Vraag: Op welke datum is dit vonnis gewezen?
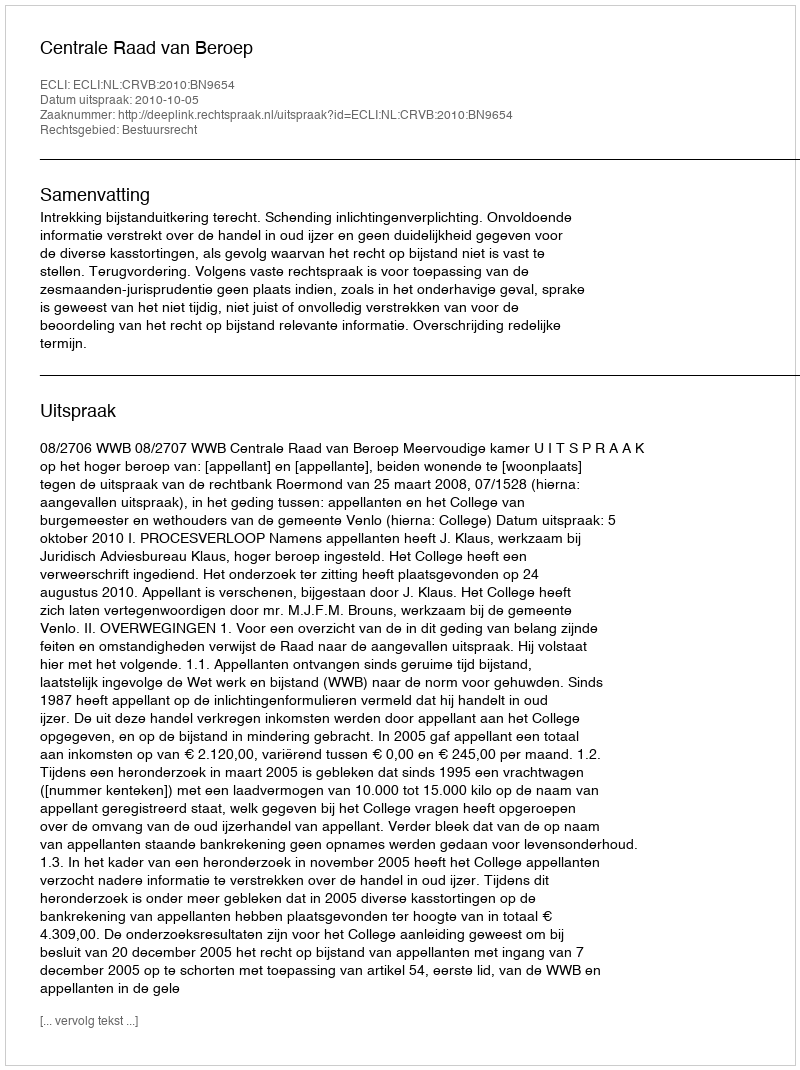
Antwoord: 2010-10-05